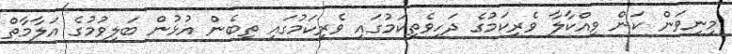
މިނިވަން ކަން ވިއްކާލާ ވެރިކަމުގެ ދަހިވެތިކަމުގައި ވެރިކަމުގައި ތިބެން އުޅުން ބަލިވުމުގެ އަލާމާތް